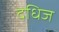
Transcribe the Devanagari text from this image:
दधिज